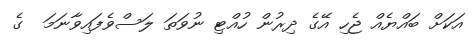
އަކަށް ބައްޔެއް ޖެހި އޭގެ ދިރުން ހުއްޓި ނުވަތަ ލަސްވެފައިވާނަމަ  ގެ